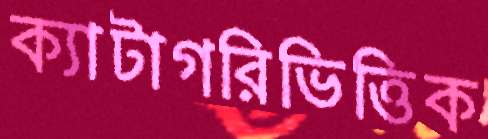
ক্যাটাগরিভিত্তিক